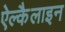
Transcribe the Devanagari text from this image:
ऐल्कैलाइन